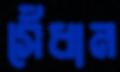
সেঁধান